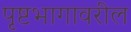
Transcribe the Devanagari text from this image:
पृष्टभागावरील